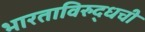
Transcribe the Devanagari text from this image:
भारताविरुद्धची